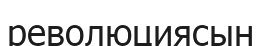
революциясын